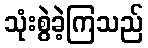
သုံးစွဲခဲ့ကြသည်